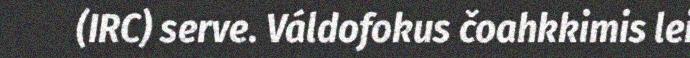
(IRC) serve. Váldofokus čoahkkimis lei